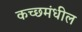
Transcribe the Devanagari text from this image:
कच्छमंधील